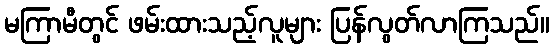
မကြာမီတွင် ဖမ်းထားသည့်လူများ ပြန်လွတ်လာကြသည်။